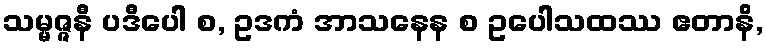
သမ္မဇ္ဇနီ ပဒီပေါ စ, ဥဒကံ အာသနေန စ ဥပေါသထဿ ဧတာနိ,